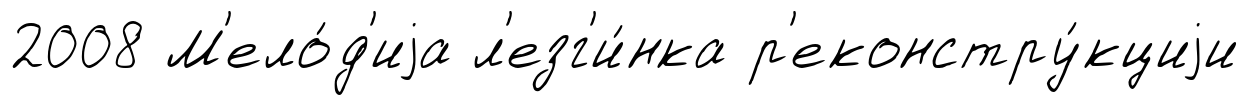
2008 М'ело́д'иjа л'езг'и́нка р'еконстру́кциjи